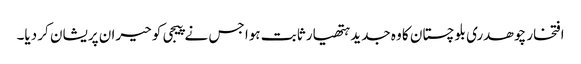
افتخار چوھدری بلوچستان کا وہ جدید ہتھیار ثابت ہوا جس نے پیجی کو حیران پریشان کر دیا۔